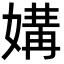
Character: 媾